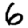
Digit: 6